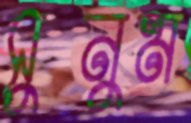
সুনুম